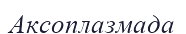
Аксоплазмада